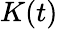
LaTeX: {\mathbf{}}K(t)